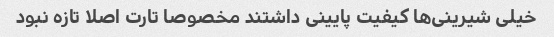
خیلی شیرینی‌ها کیفیت پایینی داشتند مخصوصا تارت اصلا تازه نبود